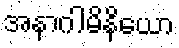
အနာဂါမိနိယော